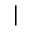
|